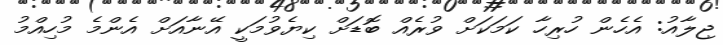
ޖިލާއު: އެހެން ހުރިހާ ކަމަކަށް ވުރެއް ބޮޑަށް ކިޔެވުމަކީ އޭނާއަށް އެންމެ މުހިއްމު